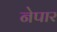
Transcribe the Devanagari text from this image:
नेपार